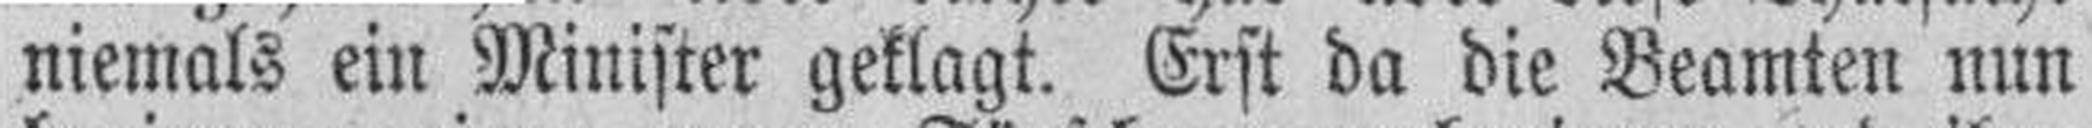
niemals ein Minister geklagt. Erst da die Beamten nun